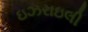
ઇઝરાઇલી